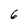
Character: 6